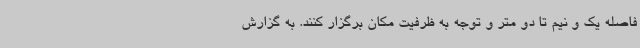
فاصله یک و نیم تا دو متر و توجه به ظرفیت مکان برگزار کنند. به گزارش